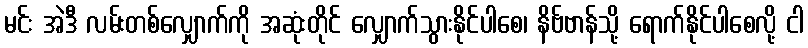
မင်း အဲဒီ လမ်းတစ်လျှောက်ကို အဆုံးတိုင် လျှောက်သွားနိုင်ပါစေ၊ နိဗ်ဗာန်သို့ ရောက်နိုင်ပါစေလို့ ငါ